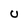
Character: U